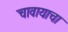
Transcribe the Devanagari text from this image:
चावायाचा